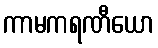
ကာမကရဏီယော